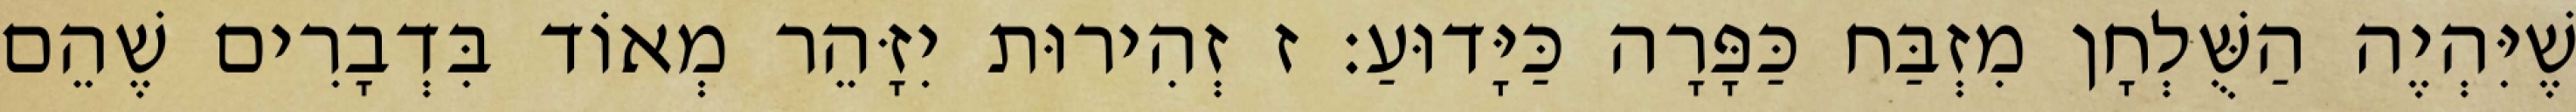
שֶׁיִּהְיֶה הַשֻּׁלְחָן מִזְבַּח כַּפָּרָה כַּיָּדוּעַ: ז זְהִירוּת יִזָּהֵר מְאוֹד בִּדְבָרִים שֶׁהֵם